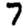
Digit: 7